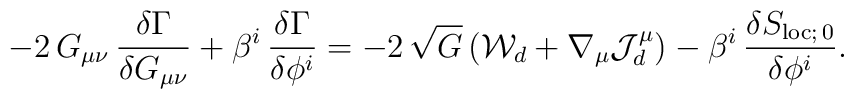
-2\,G_{\mu\nu}\,{\delta\Gamma\over\delta G_{\mu\nu}}  +\beta^i\,{\delta\Gamma\over\delta\phi^i}  =-2\,\sqrt{G}\,({\cal W}_d+\nabla_{\mu}{\cal J}^{\mu}_d)  -\beta^i\,{\delta S_{{\rm loc};\,0}\over \delta\phi^i}.